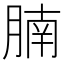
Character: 腩